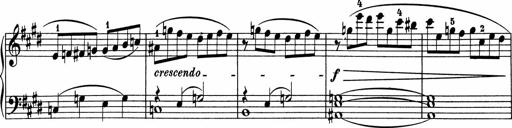
Title: 5 Sonatinen fÃ¼r die Jugend
Composer: Carl Reinecke